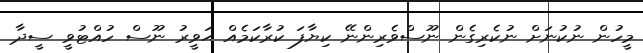
މީހުން ނުކުނަށް ނުކެރިގެން ނޫސްވެރިންނޭ ކިޔާފަ ކުރާކަމެއް ޙަވީރު ނޫސް ހުއްޓުވީ ސީދާ